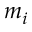
m _ { i }